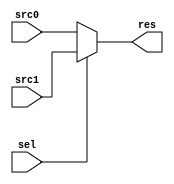
`timescale 1ns / 1ps
//////////////////////////////////////////////////////////////////////////////////
// Company:
// Engineer:
//
// Design Name:
// Module Name: MUX
// Project Name:
// Target Devices:
// Tool Versions:
// Description:
//
// Dependencies:
//
// Revision:
// Revision 0.01 - File Created
// Additional Comments:
//
//////////////////////////////////////////////////////////////////////////////////


module MUX #(parameter WIDTH = 32)
           (input [WIDTH-1 : 0] src0,
             src1,
             input [0 : 0] sel,
             output [WIDTH-1 : 0] res);
    
    assign res = sel ? src1 : src0;
    
endmodule